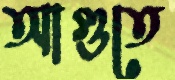
আগুতে